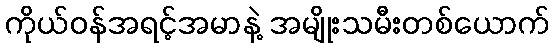
ကိုယ်ဝန်အရင့်အမာနဲ့ အမျိုးသမီးတစ်ယောက်